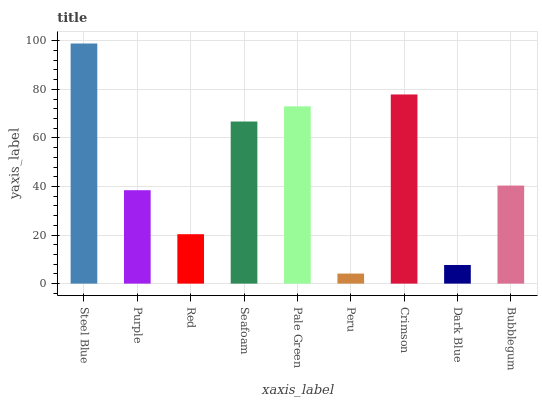
| xaxis_label | bars |
 | --- | --- |
 | Steel Blue | 98.9 |
 | Purple | 38.5 |
 | Red | 20.4 |
 | Seafoam | 66.8 |
 | Pale Green | 73 |
 | Peru | 4.14 |
 | Crimson | 77.9 |
 | Dark Blue | 7.68 |
 | Bubblegum | 40.4 |